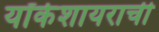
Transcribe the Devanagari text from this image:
यॉर्कशायराची